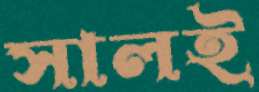
সালই